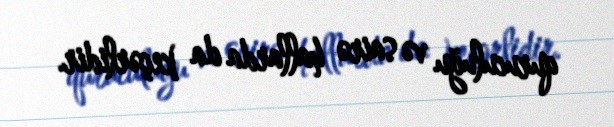
quruculuğu və sairə hallarda da keçərlidir.